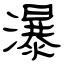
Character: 瀑